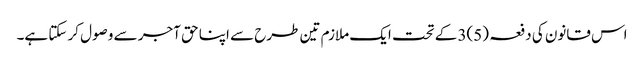
اس قانون کی دفعہ (5)3 کے تحت ایک ملازم تین طرح سے اپنا حق آجر سے وصول کر سکتا ہے۔